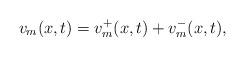
LaTeX: \begin{align*}v_m(x,t)=v_m^{+}(x,t)+v_m^{-}(x,t),\end{align*}